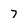
Character: 7